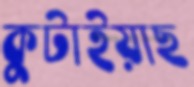
কুটাইয়াছ